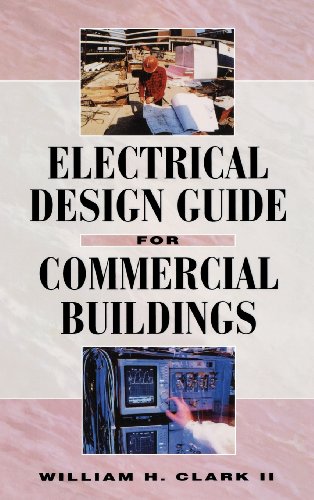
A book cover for Electrical Design Guide for Commercial Buildings; William Clark; Crafts, Hobbies & Home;